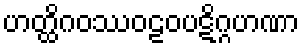
ဟတ္ထိဂဝဿဝဠဝပဋိဂ္ဂဟဏာ